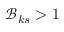
\mathcal { B } _ { k s } > 1